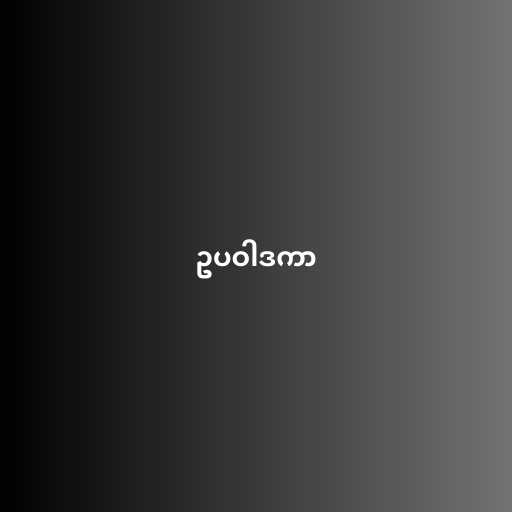
ဥပဝါဒကာ